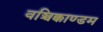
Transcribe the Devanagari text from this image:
वञ्चिक्काण्डम